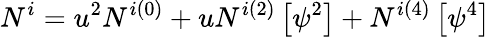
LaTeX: N^{i}=u^{2}N^{i(0)}+uN^{i(2)}\left[\psi^{2}\right]+N^{i(4)}\left[\psi^{4}\right]